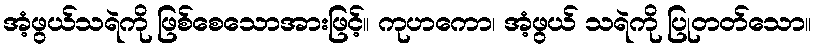
အံ့ဖွယ်သရဲကို ဖြစ်စေသောအားဖြင့်။ ကုဟကော၊ အံ့ဖွယ် သရဲကို ပြုတတ်သော။